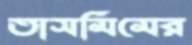
তাসমিমের